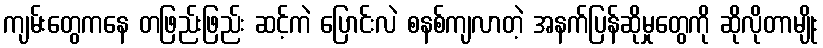
ကျမ်းတွေကနေ တဖြည်းဖြည်း ဆင့်ကဲ ပြောင်းလဲ စနစ်ကျလာတဲ့ အနက်ပြန်ဆိုမှုတွေကို ဆိုလိုတာမျိုး